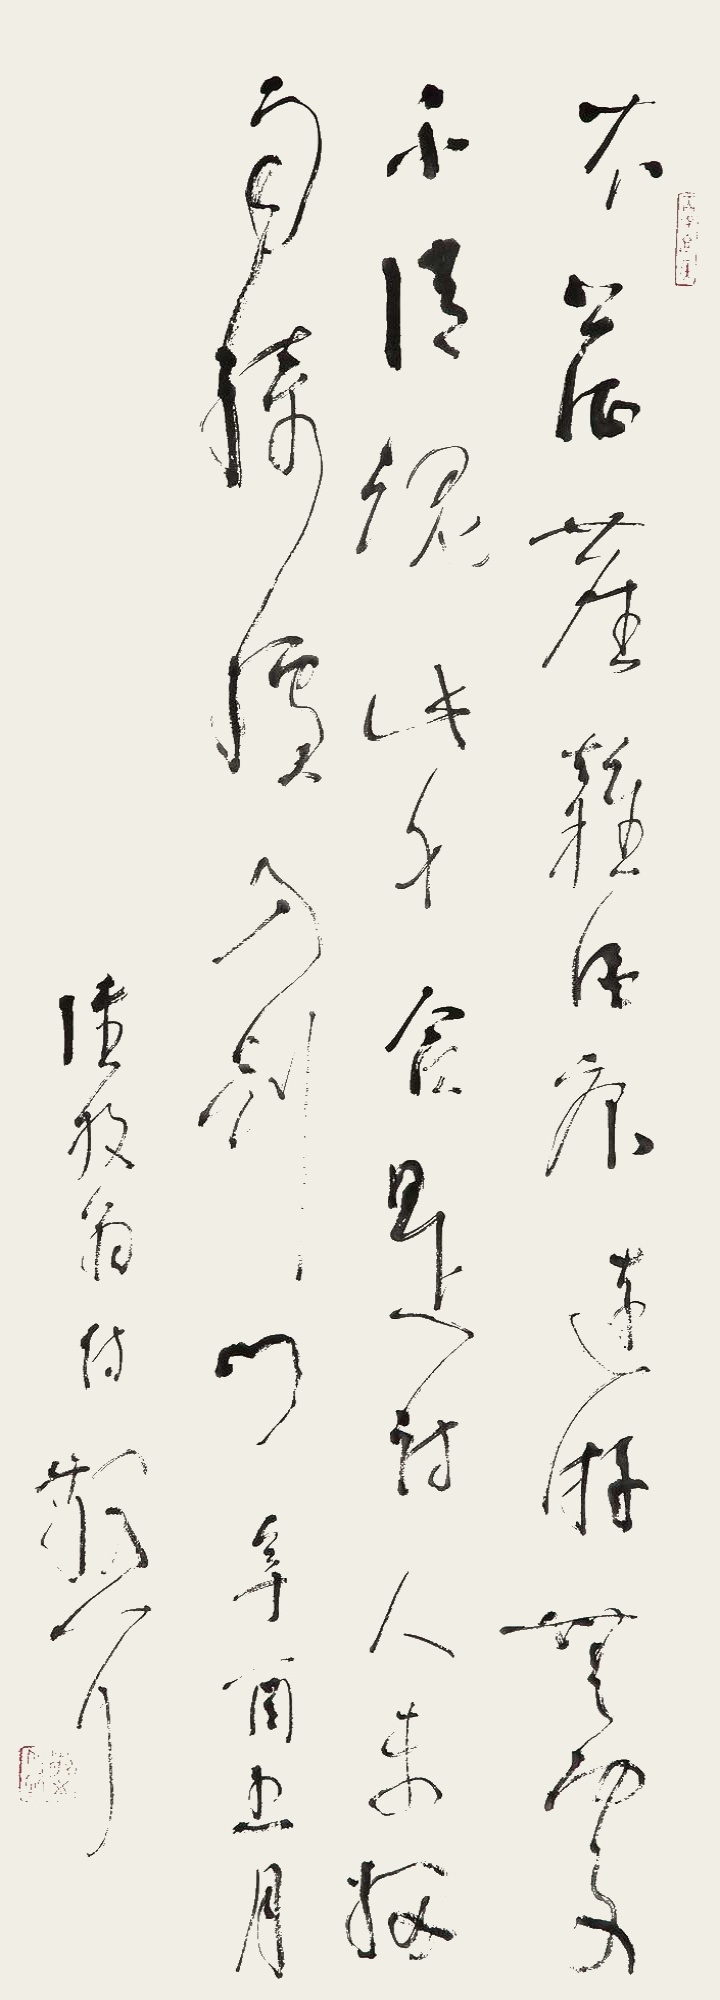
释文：衣上征尘杂酒痕，远游无处不消魂。此身合是诗人未，细雨骑驴入剑门。辛酉五月，陆放翁诗，散耳。